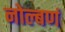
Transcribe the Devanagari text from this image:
नोल्बणं